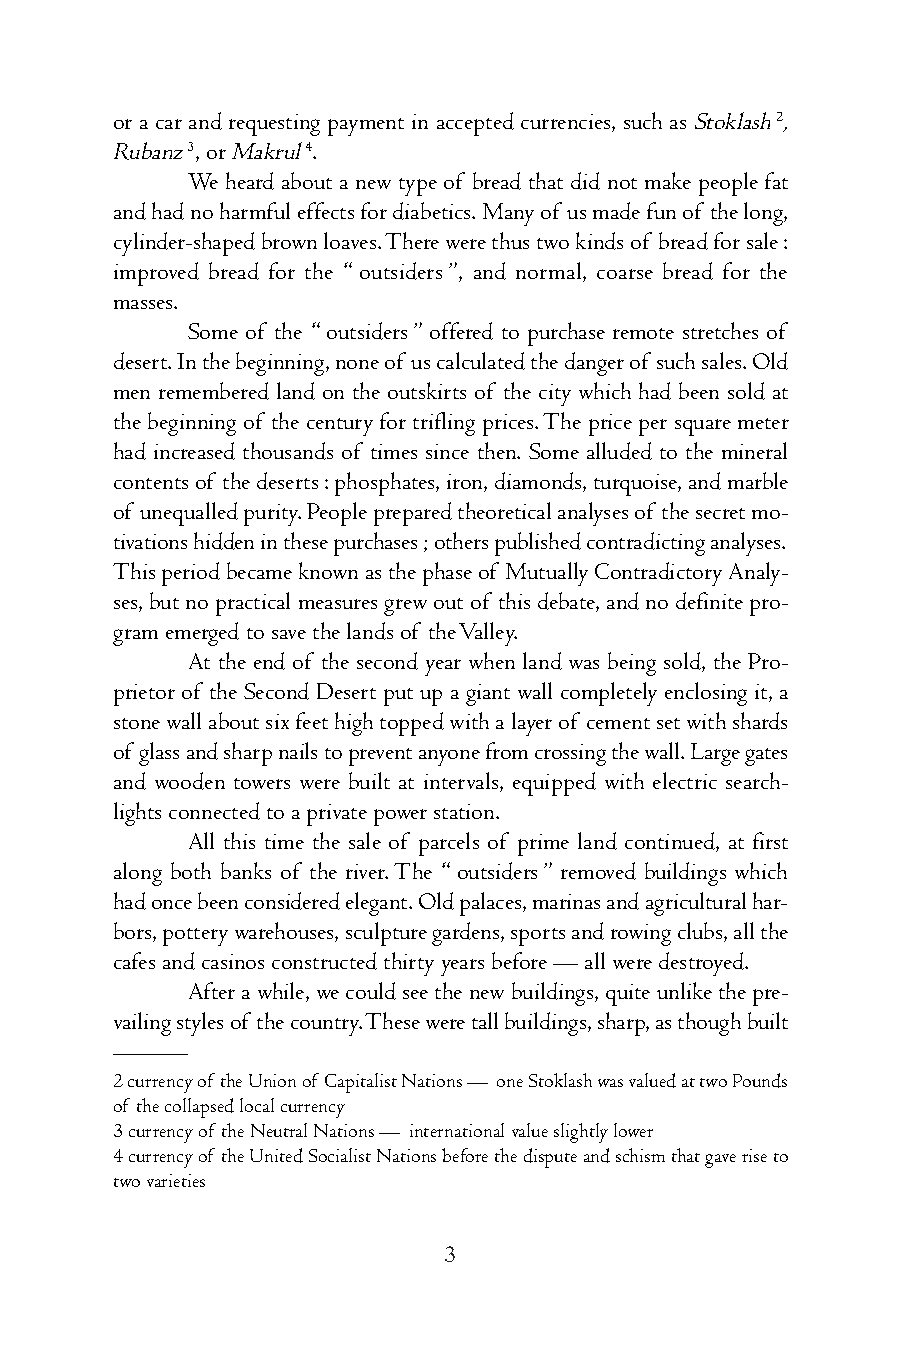
or a car and requesting payment in accepted currencies, such asStoklash2,
 Rubanz3,orMakrul4.
 We heard about a new type of bread that did not make people fat
 andhadnoharmfuleffectsfordiabetics.Manyof usmadefunof thelong,
 cylinder-shapedbrownloaves.Therewerethustwokindsof breadforsale:
 improved bread for the “outsiders”, and normal, coarse bread for the
 masses.
 Some of the “outsiders”offered to purchase remote stretches of
 desert.Inthebeginning,noneof uscalculatedthedangerof suchsales.Old
 men remembered land on the outskirts of the city which had been sold at
 the beginning of the century for trifling prices.The price per square meter
 had increased thousands of times since then. Some alluded to the mineral
 contentsof thedeserts:phosphates,iron,diamonds,turquoise,andmarble
 of unequalledpurity.Peoplepreparedtheoreticalanalysesof thesecretmo-
 tivationshiddeninthesepurchases;otherspublishedcontradictinganalyses.
 Thisperiodbecameknownasthephaseof MutuallyContradictoryAnaly-
 ses,butnopracticalmeasuresgrewoutof thisdebate,andnodefinitepro-
 gramemergedtosavethelandsof theValley.
 At the end of the second year when land was being sold, the Pro-
 prietor of the Second Desert put up a giant wall completely enclosing it, a
 stonewallaboutsixfeethightoppedwithalayerof cementsetwithshards
 of glassandsharpnailstopreventanyonefromcrossingthewall.Largegates
 and wooden towers were built at intervals, equipped with electric search-
 lightsconnectedtoaprivatepowerstation.
 All this time the sale of parcels of prime land continued, at first
 along both banks of the river.The “outsiders” removed buildings which
 hadoncebeenconsideredelegant.Oldpalaces,marinasandagriculturalhar-
 bors,potterywarehouses,sculpturegardens,sportsandrowingclubs,allthe
 cafesandcasinosconstructedthirtyyearsbefore—allweredestroyed.
 Afterawhile,wecouldseethenewbuildings,quiteunlikethepre-
 vailingstylesof thecountry.Theseweretallbuildings,sharp,asthoughbuilt
 ———
 2currencyof theUnionof CapitalistNations— oneStoklashwasvaluedattwoPounds
 of thecollapsedlocalcurrency
 3currencyof theNeutralNations— internationalvalueslightlylower
 4currencyof theUnitedSocialistNationsbeforethedisputeandschismthatgaveriseto
 twovarieties
 3